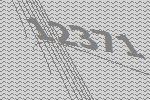
12371